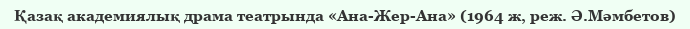
Қазақ академиялық драма театрында «Ана-Жер-Ана» (1964 ж, реж. Ә.Мәмбетов)